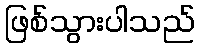
ဖြစ်သွားပါသည်